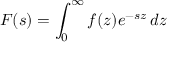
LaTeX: F ( s ) = \int _ { 0 } ^ { \infty } f ( z ) e ^ { - s z } \, d z